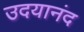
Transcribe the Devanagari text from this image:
उदयानंद